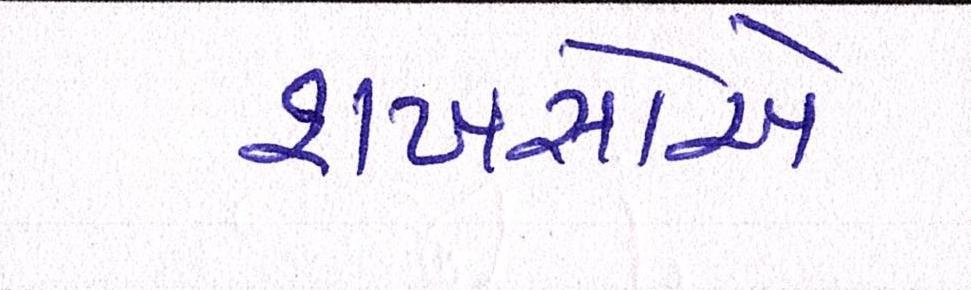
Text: શખસોએ